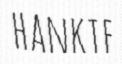
HANKIE